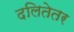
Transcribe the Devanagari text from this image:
दलितेतर